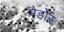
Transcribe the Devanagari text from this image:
मैडोर